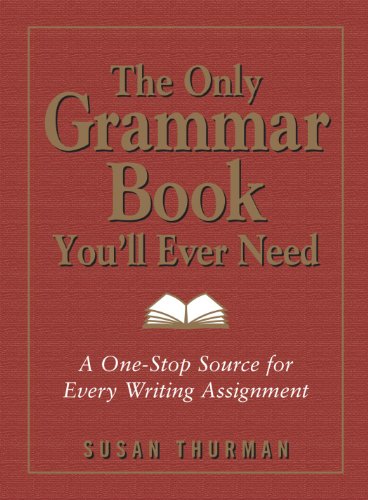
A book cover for The Only Grammar Book You'll Ever Need: A One-Stop Source for Every Writing Assignment; Susan Thurman; Education & Teaching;